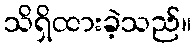
သိရှိထားခဲ့သည်။